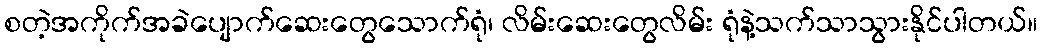
စတဲ့အကိုက်အခဲပျောက်ဆေးတွေသောက်ရုံ၊ လိမ်းဆေးတွေလိမ်း ရုံနဲ့သက်သာသွားနိုင်ပါတယ်။